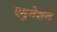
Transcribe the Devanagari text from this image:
एमुनेशन